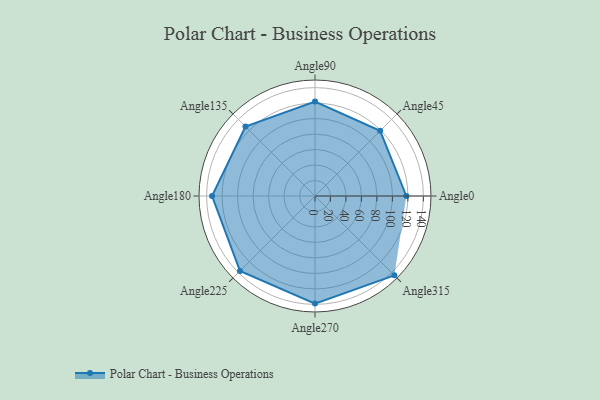
{"axis": {"x": "Angle", "y": "Radius"}, "legend": [""], "data": [{"x": "Angle0", "y": 118.0, "type": ""}, {"x": "Angle45", "y": 119.0, "type": ""}, {"x": "Angle90", "y": 122.0, "type": ""}, {"x": "Angle135", "y": 127.0, "type": ""}, {"x": "Angle180", "y": 133.0, "type": ""}, {"x": "Angle225", "y": 137.0, "type": ""}, {"x": "Angle270", "y": 139.0, "type": ""}, {"x": "Angle315", "y": 145.0, "type": ""}]}